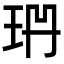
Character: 𭹅